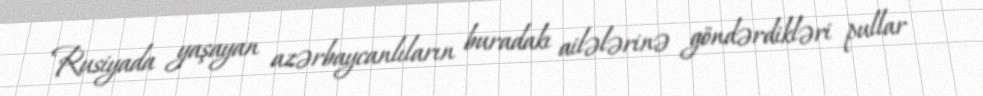
Rusiyada yaşayan azərbaycanlıların buradakı ailələrinə göndərdikləri pullar